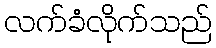
လက်ခံလိုက်သည်